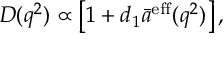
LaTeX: D ( q ^ { 2 } ) \propto \left[ 1 + d _ { 1 } \bar { a } ^ { \mathrm { e f f } } ( q ^ { 2 } ) \right] ,